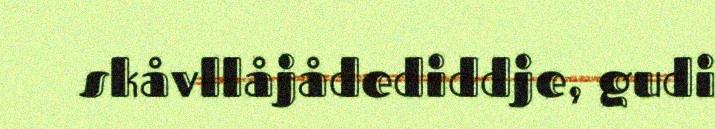
skåvllåjådediddje, gudi